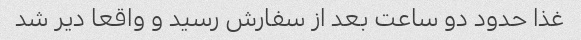
غذا حدود دو ساعت بعد از سفارش رسید و واقعا دیر شد